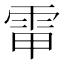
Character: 𩂘